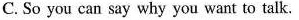
C. So you can say why you want to talk.